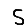
Digit: 5